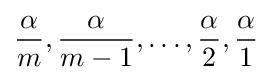
{\frac {\alpha }{m}},{\frac {\alpha }{m-1}},\ldots ,{\frac {\alpha }{2}},{\frac {\alpha }{1}}